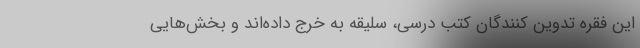
این فقره تدوین کنندگان کتب درسی، سلیقه به خرج داده‌اند و بخش‌هایی